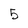
Character: 5